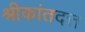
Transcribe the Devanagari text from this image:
श्रीकांतदत्त